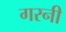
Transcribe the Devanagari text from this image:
गरनी